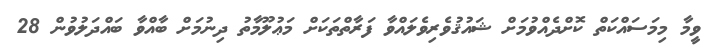
ވީމާ މިމަސައްކަތް ކޮށްދެއްވުމަށް ޝައުޤުވެރިވެލައްވާ ފަރާތްތަކަށް މަޢުލޫމާތު ދިނުމަށް ބާއްވާ ބައްދަލުވުން 28